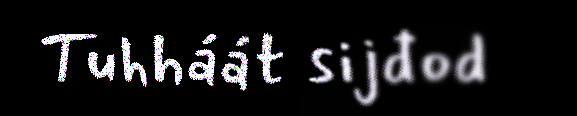
Tuhháát sijđod